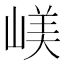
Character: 嵄